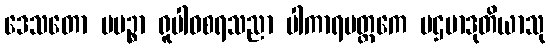
ဒေသတော ပပဉ္စာ ရူပါဝစရသညာ ပါကာရမတ္ထကေ ပဌမာဒုတိယာသု